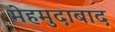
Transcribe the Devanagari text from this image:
मेहमुदाबाद